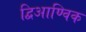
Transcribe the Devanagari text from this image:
द्विआण्विक